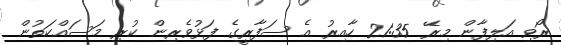
ރޯވި އަލިފާން މިރޭ 21:35 ހާއިރު އެ ސަފާރީގެ ފަޅުވެރިން ކުރި މަސައްކަތުން